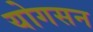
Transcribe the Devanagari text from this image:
योगसन